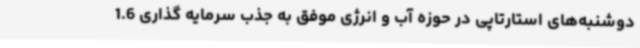
دوشنبه‌های استارتاپی در حوزه آب و انرژی موفق به جذب سرمایه گذاری 1.6